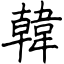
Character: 韓